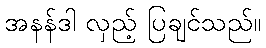
အနန်ဒါ လှည့် ပြချင်သည်။